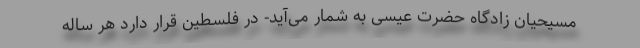
مسیحیان زادگاه حضرت عیسی به شمار می‌آید- در فلسطین قرار دارد هر ساله